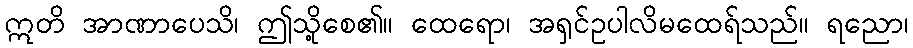
ဣတိ အာဏာပေသိ၊ ဤသို့စေ၏။ ထေရော၊ အရှင်ဥပါလိမထေရ်သည်။ ရညော၊